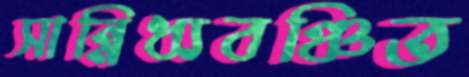
সান্নিধ্যবঞ্চিত